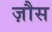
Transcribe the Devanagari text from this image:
ज़ौस